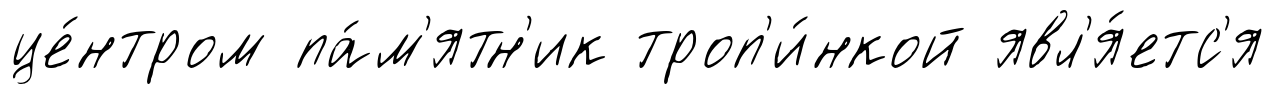
це́нтром па́м'ятн'ик троп'и́нкой явл'я́етс'я